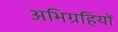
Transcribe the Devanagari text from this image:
अभिग्रहियों